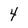
Character: 4